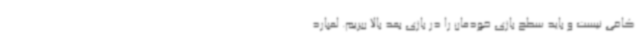
کافی نیست و باید سطح بازی خودمان را در بازی بعد بالا ببریم. لمپارد